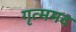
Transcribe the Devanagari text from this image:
गृत्ममद